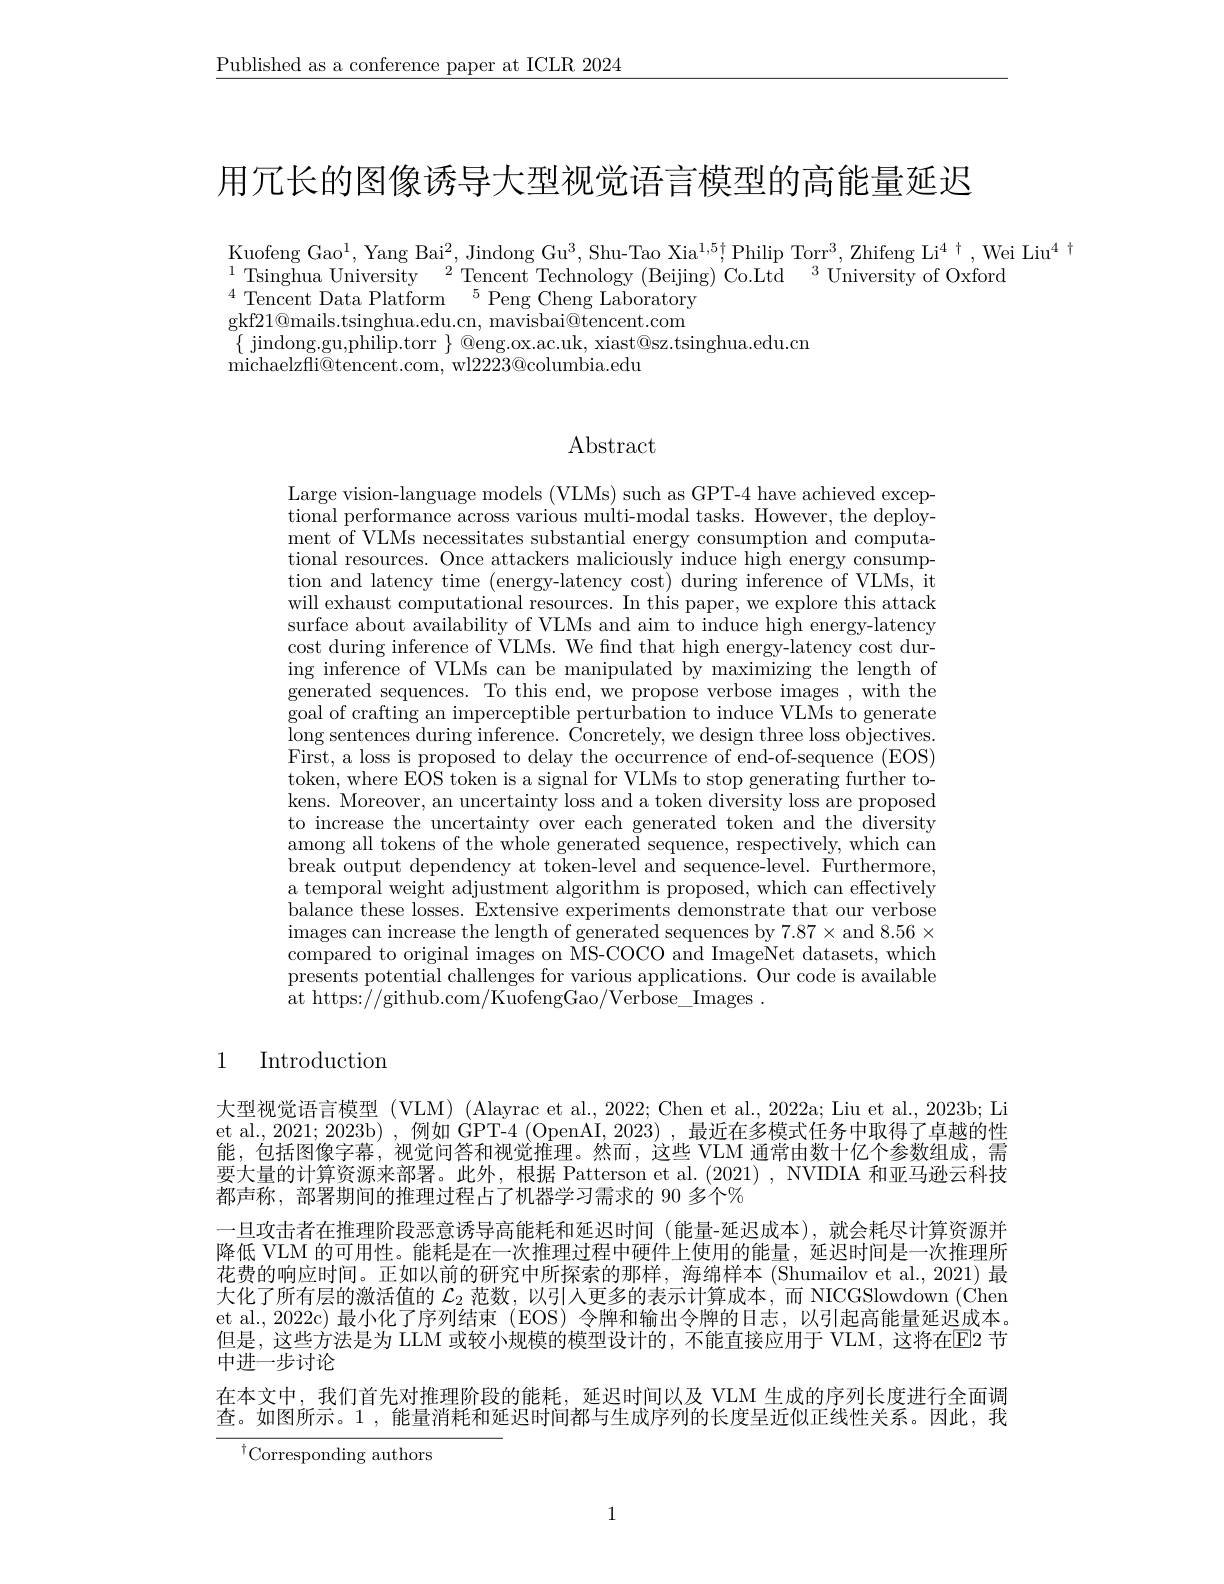
$\underline{\text{Published as a conference paper at ICLR 2024}}$

用冗长的图像诱导大型视觉语言模型的高能量延迟

$\underset{{\mathrm{Kuofeng~Gao}}^{1},\mathrm{~Yang~Bai}^{2},\mathrm{~Jindong~Gu}^{3},\mathrm{~Shu-Tao~Xia}^{1,5\dagger},\mathrm{Philip~Torr}^{3},\mathrm{~Zhifeng~Li}^{4}\dagger,\mathrm{~Wei~Liu}^{4}\dagger}$
$^{1}$Tsinghua University$\:^2$Tencent Technology ( Beijing) ' Co. Ltd$\:^3$University of Oxford
$^{4}$Tencent Data Platform$^5$Peng Cheng Laboratory gkf21@mails.tsinghua.edu.cn, mavisbai@tencent.com $\{$ jindong.gu,philip.torr $\}$ @eng.ox.ac.uk, xiast@sz.tsinghua.edu.cn
michaelzfli@ tencent. com, wl2223@ columbia. edu

## Abstract

Large vision-language models (VLMs) such as GPT-4 have achieved exceptional performance across various multi- modal tasks. However, the deploy- ment of VLMs necessitates substantial energy consumption and computational resources. Once attackers maliciously induce high energy consumption and latency time (energy-latency cost) during inference of VLMs, it will exhaust computational resources. In this paper, we explore this attack surface about availability of VLMs and aim to induce high energy-latency cost during inference of VLMs. We find that high energy-latency cost during inference of VLMs can be manipulated by maximizing the length of $\begin{array}{c}{\mathrm{generated~sequences.~To~this~end,~we~propose~verbose~images~,~with~the}}\\{\mathrm{generated~sequences.~To~this~end,~we~propose~verbose~images~,~with~the}}\end{array}$ goal of crafting an imperceptible perturbation to induce VLMs to generate $\underline{\mathrm{long~sentences~during~inference.~}}\dot{\text{Concretely, we design three loss objectives}}$ First, a loss is proposed to delay the occurrence of end-of-sequence (EOS) token, where EOS token is a signal for VLMs to stop generating further tokens. Moreover, an uncertainty loss and a token diversity loss are proposed to increase the uncertainty over each generated token and the diversity among all tokens of the whole generated sequence, respectively, which can break output dependency at token-level and sequence-level. Furthermore, a temporal weight adjustment algorithm is proposed, which can effectively balance these losses. Extensive experiments demonstrate that our verbose $\begin{array}{c}\text{images can increase the length of generated sequences by 7.87 and 8.56}\end{array}$ compared to original images on MS-COCO and ImageNet datasets, which presents potential challenges for various applications. Our code is available at https://github.com/KuofengGao/Verbose\_Images~.

1
Introduction

大型视觉语言模型 (VLM) (Alayrac et al., 2022; Chen et al., 2022a; Liu et al., 2023b; Li et al., 2021; 2023b) , 例如 GPT-4 (OpenAI, 2023) , 最近在多模式任务中取得了卓越的性能，包括图像字幕，视觉问答和视觉推理。然而，这些 VLM 通常由数十亿个参数组成，需要大量的计算资源来部署。此外，根据 Patterson et al. (2021), NVIDIA 和亚马逊云科技都声称，部署期间的推理过程占了机器学习需求的 90 多个%
一旦攻击者在推理阶段恶意诱导高能耗和延迟时间 (能量-延迟成本),就会耗尽计算资源并降低 VLM 的可用性。能耗是在一次推理过程中硬件上使用的能量，延迟时间是一次推理所花费的响应时间。正如以前的研究中所探索的那样，海绵样本(Shumailov et al., 2021) 最大化了所有层的激活值的$\mathcal{L}_2$范数，以引人更多的表示计算成本，而 NICGSlowdown (Chen et al., 2022c)最小化了序列结束(EOS)令牌和输出令牌的日志，以引起高能量延迟成本。但是，这些方法是为 LLM 或较小规模的模型设计的，不能直接应用于 VLM, 这将在$\overline{\mathrm{E}}$2 节中进一步讨论
在本文中，我们首先对推理阶段的能耗，延迟时间以及 VLM 生成的序列长度进行全面调查。如图所示。1 , 能量消耗和延迟时间都与生成序列的长度呈近似正线性关系。因此，我

$^{\dagger}$Corresponding authors

1